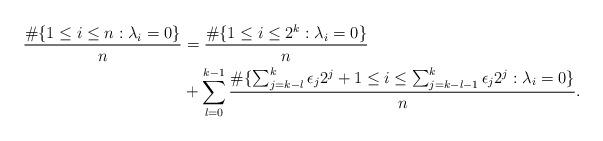
LaTeX: \begin{align*}\frac{\#\{1\leq i\leq n:\lambda_i=0\}}{n}&=\frac{\#\{1\leq i\leq 2^{k}:\lambda_i=0\}}{n}\\&+\sum_{l=0}^{k-1}\frac{\#\{\sum_{j=k-l}^{k}\epsilon_j 2^j+1 \leq i \leq \sum_{j=k-l-1}^{k}\epsilon_j 2^j:\lambda_i=0\}}{n}.\end{align*}